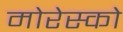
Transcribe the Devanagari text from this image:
मोरेस्को